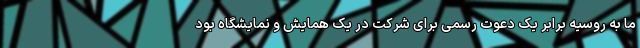
ما به روسیه برابر یک دعوت رسمی برای شرکت در یک همایش و نمایشگاه بود